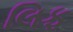
લિફ